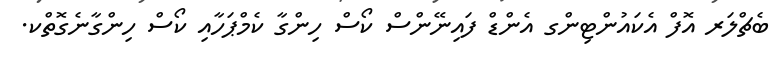
ބެޗްލަރ އޮފް އެކައުންޓިންގ އެންޑް ފައިނޭންސް ކޯސް ހިންގާ ކެމްޕަހާއި ކޯސް ހިންގާނެގޮތްކ.